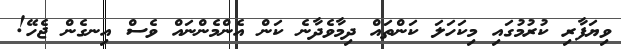
ވިޔަފާރި ކުރުމުގައި މިކަހަލަ ކަންތައް ދިމާވެދާނެ ކަން އެންމެންނައް ވެސް އިނގެން ޖެހޭ!